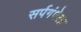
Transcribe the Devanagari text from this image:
सर्पगंधेला